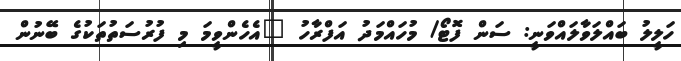
ހަލީލު ބައްލަވާލައްވަނީ: ސަން ފޮޓޯ/ މުހައްމަދު އަފްރާހު "އެހެންވީމަ މި ފުރުސަތުތަކުގެ ބޭނުން